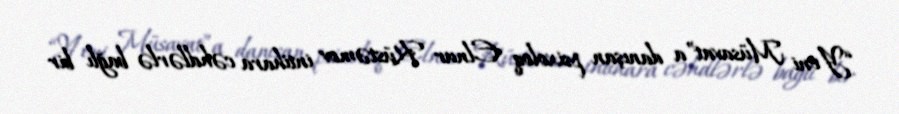
“Yeni Müsavat”a danışan psixoloq Elnur Rüstəmov intihara cəhdlərlə bağlı bir